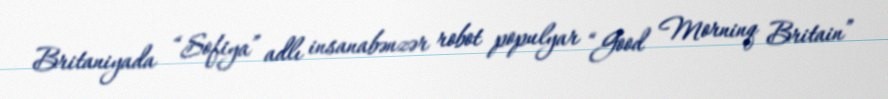
Britaniyada “Sofiya” adlı insanabənzər robot populyar “Good Morninq Britain”